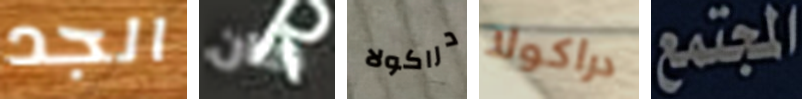
الجد كان دراكولا دراكولا المجتمع